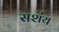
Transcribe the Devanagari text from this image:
सशंय